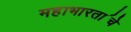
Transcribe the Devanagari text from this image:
महाभारता॒चे